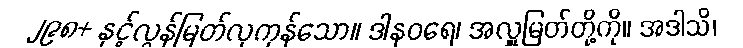
၂၉၈+ နှင့်လွန်မြတ်လှကုန်သော။ ဒါနဝရေ၊ အလှူမြတ်တို့ကို။ အဒါသိ၊